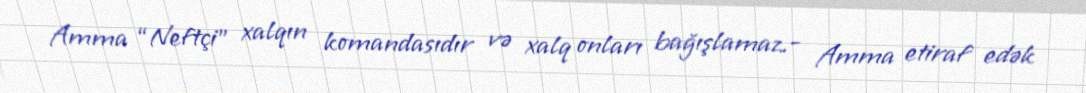
Amma “Neftçi” xalqın komandasıdır və xalq onları bağışlamaz.- Amma etiraf edək